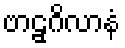
ဗာဠှဂိလာနံ